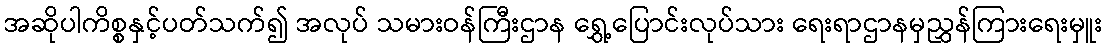
အဆိုပါကိစ္စနှင့်ပတ်သက်၍ အလုပ် သမားဝန်ကြီးဌာန ရွှေ့ပြောင်းလုပ်သား ရေးရာဌာနမှညွှန်ကြားရေးမှူး